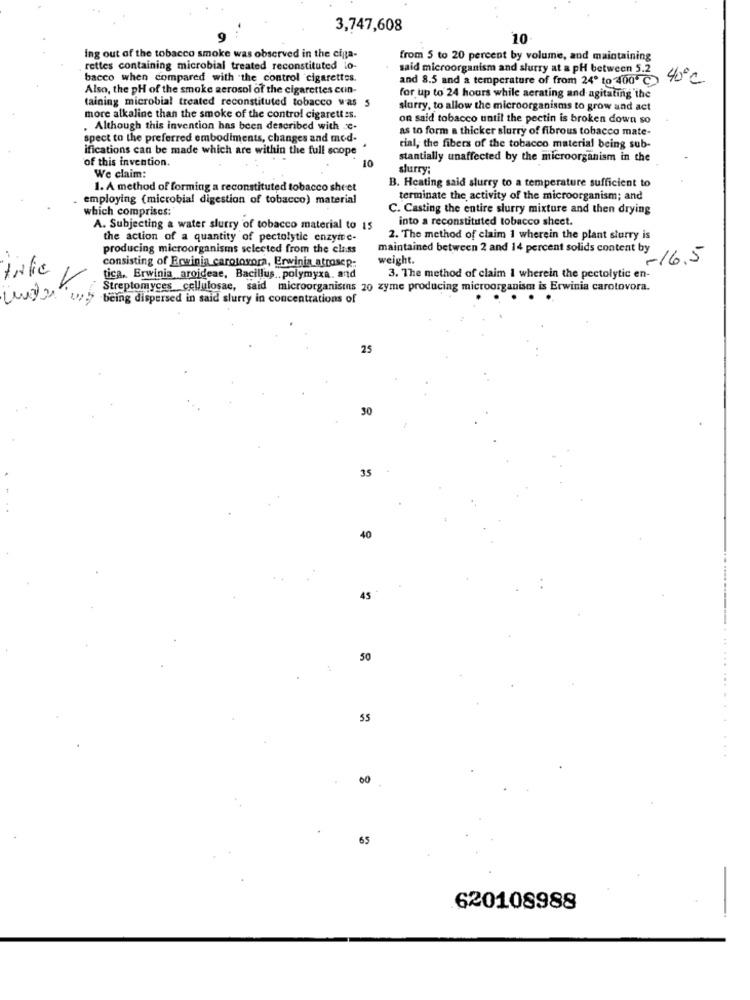
3,747,608
10
ing out of the tobacco smoke was observed in the cia-
from 5 to 20 percent by volume, and maintaining
rettes containing microbial treated reconstituted lo-
said microorganism and slurry at a pH between 5.2
bacco when compared with the control cigarettes.
and 8.5 and a temperature of from 24º to 400 > 40℃
Also, the pH of the smoke aerosol of the cigarettes con-
taining microbial treated reconstituted tobacco was 5
for up to 24 hours while aerating and agitating the
slurry, to allow the microorganisms to grow and act
more alkaline than the smoke of the control cigarettes.
on said tobacco until the pectin is broken down so
. Although this invention has been described with c.
as to form a thicker slurry of fibrous tobacco mate-
spect to the preferred embodiments, changes and mod-
ifications can be made which are within the full scope
cial, the fibers of the tobacco material being sub-
of this invention.
10
stantially unaffected by the microorganism in the
slurry;
We claim:
B. Heating said slurry to a temperature sufficient to
1. A method of forming a reconstituted tobacco sheet
. employing (microbial digestion of tobacco) material
terminate the activity of the microorganism; and
which comprises:
C. Casting the entire slurry mixture and then drying
into a reconstituted tobacco sheet.
A. Subjecting a water slurry of tobacco material to 15
the action of a quantity of pectolytic enzyme-
2. The method of claim 1 wherein the plant sturry is
producing microorganisms selected from the class
consisting of Erwinia carotorora, Erwinia atrosep:
maintained between 2 and 14 percent solids content by 16.5
weight.
INlic
tica, Erwinia arojdeae, Bacillus .. polymyxa. and
3. The method of claim I wherein the pectolytic en-
Streptomyces cellulosae, said microorganisms 20 zyme producing microorganism is Erwinia carotovora.
being dispersed in said slurry in concentrations of
25
30
35
40
45
50
55
.......
65
620108988